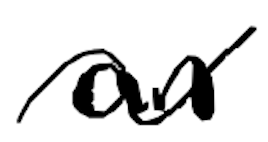
Text: an
Cross-out: wave
Writing tool: digital_black